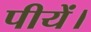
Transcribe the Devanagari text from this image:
पीयें।